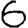
Digit: 6